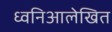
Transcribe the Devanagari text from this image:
ध्वनिआलेखित